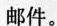
邮件。